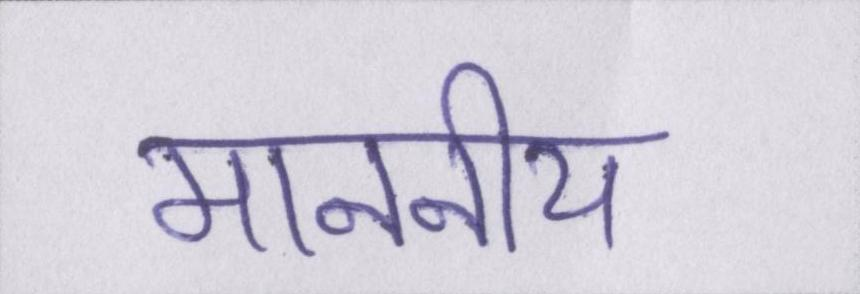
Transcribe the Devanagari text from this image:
माननीय